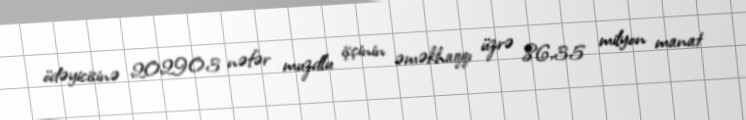
ödəyicisinə 202903 nəfər muzdlu işçinin əməkhaqqı üzrə 86,35 milyon manat